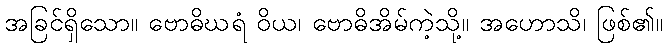
အခြင်ရှိသော။ ဗောဓိဃရံ ဝိယ၊ ဗောဓိအိမ်ကဲ့သို့။ အဟောသိ၊ ဖြစ်၏။